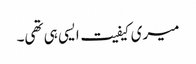
میری کیفیت ایسی ہی تھی۔